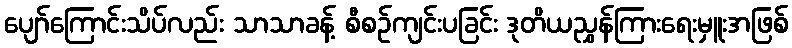
ပျော်ကြောင်းသိပ်လည်း သာသာခန့် စီစဉ်ကျင်းပခြင်း ဒုတိယညွှန်ကြားရေးမှူးအဖြစ်